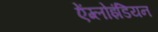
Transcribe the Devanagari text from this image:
ऐंग्लोइंडियन